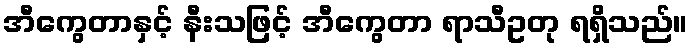
အီကွေတာနှင့် နီးသဖြင့် အီကွေတာ ရာသီဥတု ရရှိသည်။